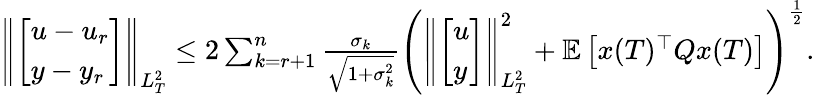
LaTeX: \begin{array}{r}{\left\| \left[\begin{array}{l}{u-u_{r}}\\ {y-y_{r}}\end{array}\right]\right\| _{L_{T}^{2}}\leq 2\sum_{k=r+1}^{n}\frac{\sigma_{k}}{\sqrt{1+\sigma_{k}^{2}}}\Bigg(\left\| \left[\begin{array}{l}{u}\\ {y}\end{array}\right]\right\| _{L_{T}^{2}}^{2}+\mathbb E\left[x(T)^{\top}Qx(T)\right]\Bigg)^{\frac{1}{2}}.}\end{array}